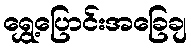
ရွှေ့ပြောင်းအခြေချ